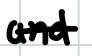
Text: and
Cross-out: single-line
Writing tool: digital_black